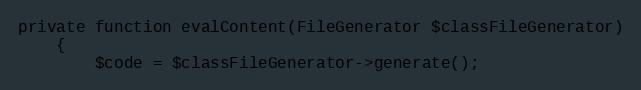
Language: PHP
private function evalContent(FileGenerator $classFileGenerator)
    {
        $code = $classFileGenerator->generate();